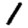
Digit: 1